Vaccination in Burma 1920-1933 - 1920-1933
Year: 1920
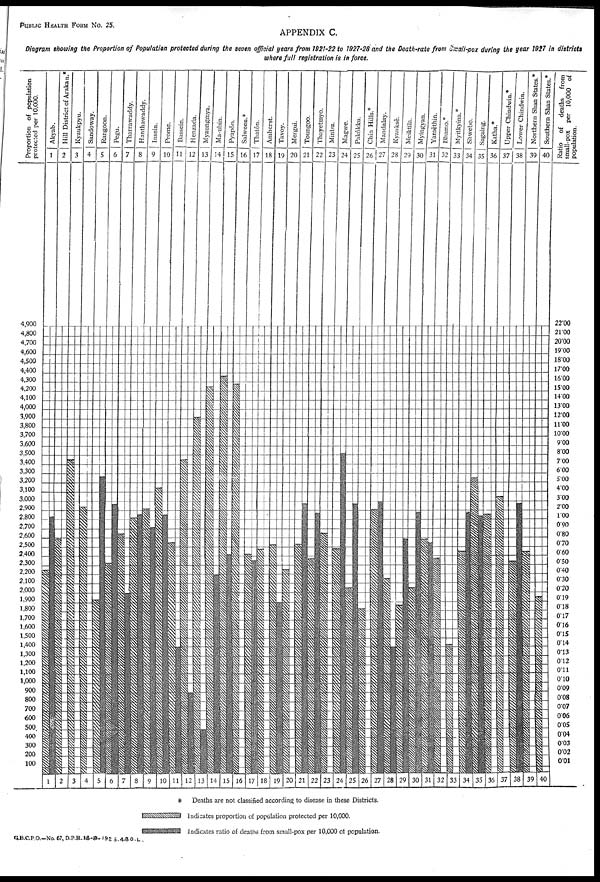
PUBLIC HEALTH FROM No. 25.
APPENDIX C.
Diagram showing the Proportion of Population protected during the seven official years from 1921-22 to 1927-28 and the Death-rate from small-pox during the year 1927 in districts
where full registration is in force.
G.B.C.P.O.—No. 67, D.P.H.13 -0- 1928 . 4-8 0. L .